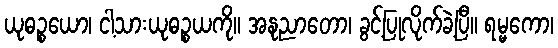
ယုဓဉ္စယော၊ ငါ့သားယုဓဉ္စယကို။ အနုညာတော၊ ခွင့်ပြုလိုက်ခဲ့ပြီ။ ရမ္မကော၊